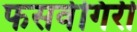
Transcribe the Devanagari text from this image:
फसवेगिरी